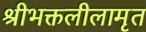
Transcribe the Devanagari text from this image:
श्रीभक्तलीलामृत